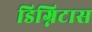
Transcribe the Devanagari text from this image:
डिग्निटास